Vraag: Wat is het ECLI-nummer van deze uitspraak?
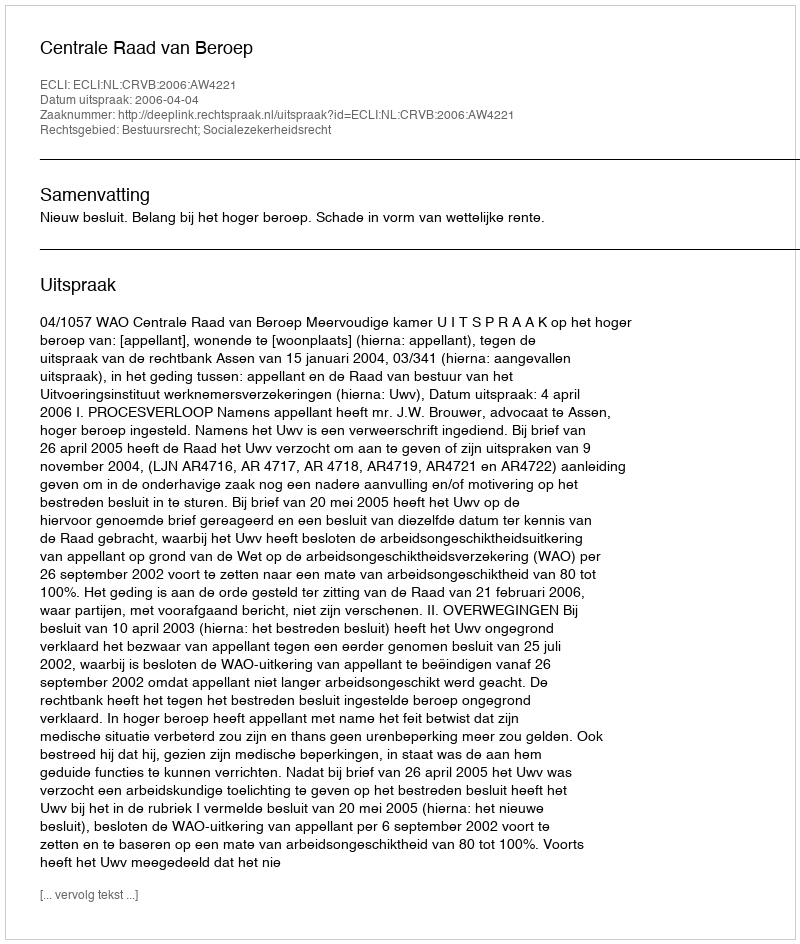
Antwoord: ECLI:NL:CRVB:2006:AW4221